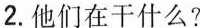
2.他们在干什么?